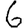
Digit: 6